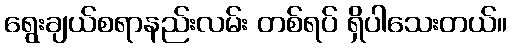
ရွေးချယ်စရာနည်းလမ်း တစ်ရပ် ရှိပါသေးတယ်။